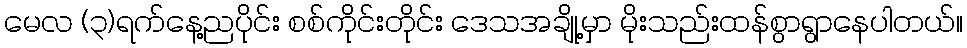
မေလ (၃)ရက်နေ့ညပိုင်း စစ်ကိုင်းတိုင်း ဒေသအချို့မှာ မိုးသည်းထန်စွာရွာနေပါတယ်။